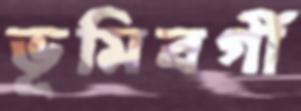
ভূমিবর্গী